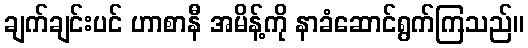
ချက်ချင်းပင် ဟာစာနီ အမိန့်ကို နာခံဆောင်ရွက်ကြသည်။